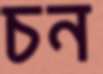
চন